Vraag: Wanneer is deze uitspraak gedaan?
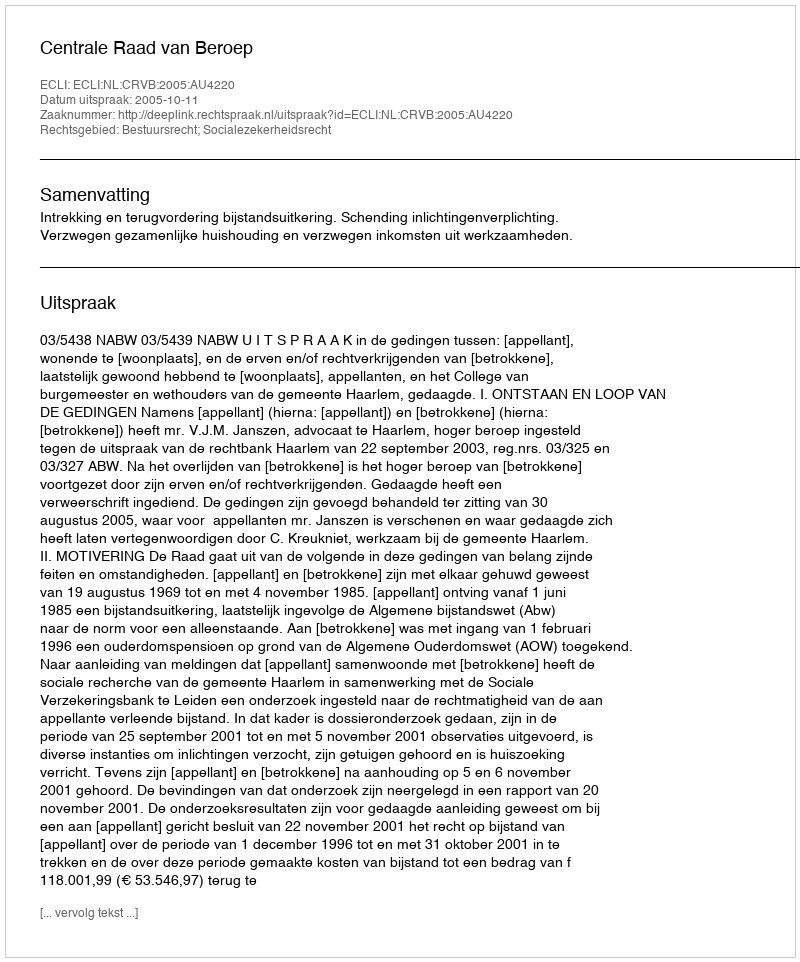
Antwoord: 2005-10-11